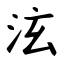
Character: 泫